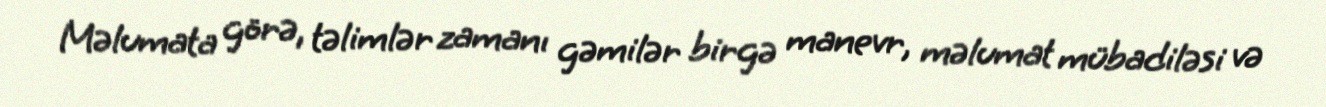
Məlumata görə, təlimlər zamanı gəmilər birgə manevr, məlumat mübadiləsi və